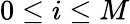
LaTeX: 0\leq i\leq M